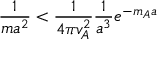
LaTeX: \frac 1 { m a ^ { 2 } } < \frac 1 { 4 \pi v _ { A } ^ { 2 } } \frac 1 { a ^ { 3 } } e ^ { - m _ { A } a }